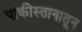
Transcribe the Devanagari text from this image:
पाकीस्तानातून